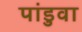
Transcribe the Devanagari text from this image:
पांडुवा